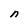
Character: n